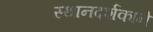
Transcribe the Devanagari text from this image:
स्थानदर्शकाने